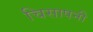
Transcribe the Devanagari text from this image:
चिसापनी